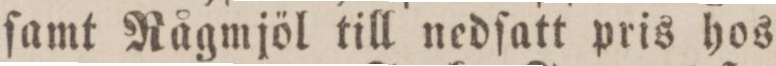
ſamt Rågmjöl till nedſatt pris hos